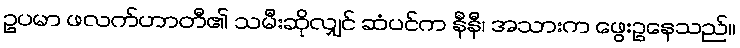
ဥပမာ ဖလက်ဟာတီ၏ သမီးဆိုလျှင် ဆံပင်က နီနီ၊ အသားက ဖွေးဥနေသည်။